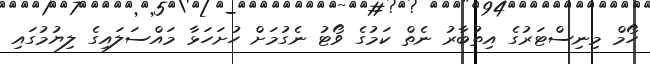
ހޯމް މިނިސްޓަރުގެ އިތުބާރު ނެތް ކަމުގެ ވޯޓު ނެގުމަށް ހުށަހަޅާ މައްސަލައިގެ ލިޔުމުގައި